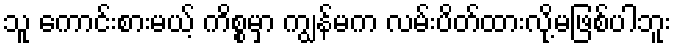
သူ ကောင်းစားမယ့် ကိစ္စမှာ ကျွန်မက လမ်းပိတ်ထားလို့မဖြစ်ပါဘူး